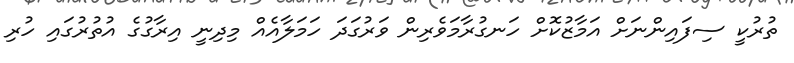
ތުރުކީ ސިފައިންނަށް އަމާޒުކޮށް ހަނގުރާމަވެރިން ވަރުގަދަ ހަމަލާއެއް މިދިނީ އިރާގުގެ އުތުރުގައި ހުރި